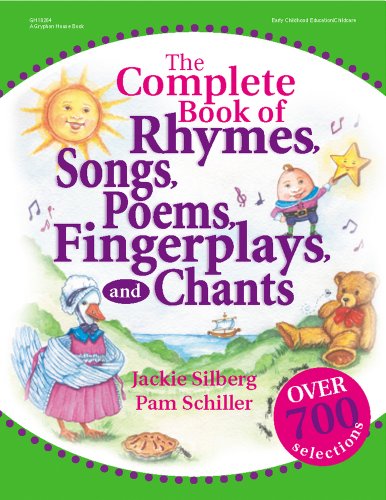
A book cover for The Complete Book of Rhymes, Songs, Poems, Fingerplays, and Chants (Complete Book Series); Jackie Silberg; Parenting & Relationships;